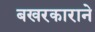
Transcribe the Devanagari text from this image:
बखरकाराने